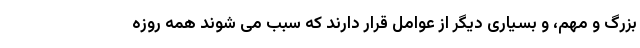
بزرگ و مهم، و بسیاری دیگر از عوامل قرار دارند که سبب می شوند همه روزه